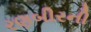
રણબીરની